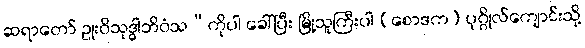
ဆရာတော် ဥုးဝိသုဒ္ဓါဘိဝံသ”ကိုပါ ခေါ်ပြီး မြို့သူကြီးပါ (စောဒက) ပုဂ္ဂိုလ်ကျောင်းသို့